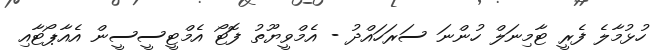
ހުޅުމާލެ ފެރީ ޓާމިނަލް ހުންނަ ސަރަހައްދު - އެމްވީޔޫތު ފޮޓޯ އެމްޓީސީސީން އެއާޕޯޓާއި